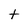
Character: t